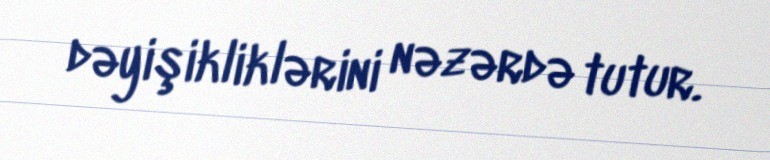
dəyişikliklərini nəzərdə tutur.